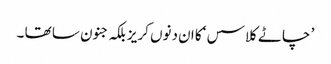
’ چاٹے کلاسس ‘کا ان دنوں کریز بلکہ جنون سا تھا ۔